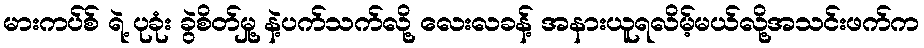
မားကပ်စ် ရဲ့ ပုခုံး ခွဲစိတ်မှု့ နဲ့ပက်သက်လို့ လေးလခန့် အနားယူရလိမ့်မယ်လို့အသင်းဖက်က